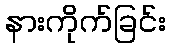
နားကိုက်ခြင်း